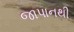
જાપાનથી